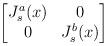
LaTeX: \begin{align*}\begin{bmatrix}J^a_s(x)& 0\\ 0 &J^b_s(x)\end{bmatrix}\end{align*}